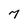
Character: 7